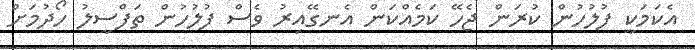
އެކަމަކީ ފުލުހުން ކުރަން ޖެހޭ ކަމެއްކަން އެނގޭއިރު ވެސް ފުލުހުން ތަފްސީލު ހޯދުމަށް